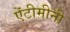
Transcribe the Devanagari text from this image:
ऐंटीमीनी